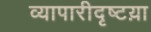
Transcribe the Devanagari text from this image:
व्यापारीदृष्टय़ा